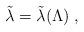
LaTeX: \begin{align*}\tilde\lambda=\tilde\lambda(\Lambda) \;,\end{align*}